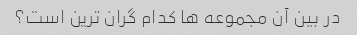
در بین آن مجموعه ها کدام گران ترین است؟